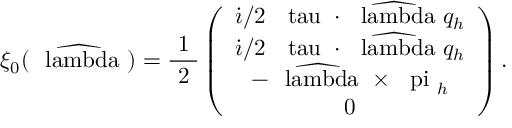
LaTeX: \xi _ { 0 } ( \widehat { \mathrm { \boldmath ~ \ l a m b d a ~ } } ) = \mathrm { \frac { ~ 1 ~ } { ~ 2 ~ } } \left( \begin{array} { c } { { \dot { \imath } / 2 \; \mathrm { \boldmath ~ \ t a u ~ } \cdot \widehat { \mathrm { \boldmath ~ \ l a m b d a ~ } } q _ { h } } } \\ { { \dot { \imath } / 2 \; \mathrm { \boldmath ~ \ t a u ~ } \cdot \widehat { \mathrm { \boldmath ~ \ l a m b d a ~ } } q _ { h } } } \\ { { - \widehat { \mathrm { \boldmath ~ \ l a m b d a ~ } } \times \mathrm { \boldmath ~ \ p i ~ } _ { h } } } \\ { { 0 } } \end{array} \right) .